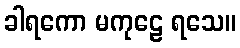
ခါရကော မကုဠေ ရသေ။